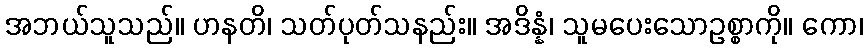
အဘယ်သူသည်။ ဟနတိ၊ သတ်ပုတ်သနည်း။ အဒိန္နံ၊ သူမပေးသောဥစ္စာကို။ ကော၊